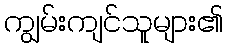
ကျွမ်းကျင်သူများ၏